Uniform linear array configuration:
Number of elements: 48
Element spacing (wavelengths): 1
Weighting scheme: blackman
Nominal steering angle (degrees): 15
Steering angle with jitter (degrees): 14.061
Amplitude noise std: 0.05
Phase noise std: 0.05

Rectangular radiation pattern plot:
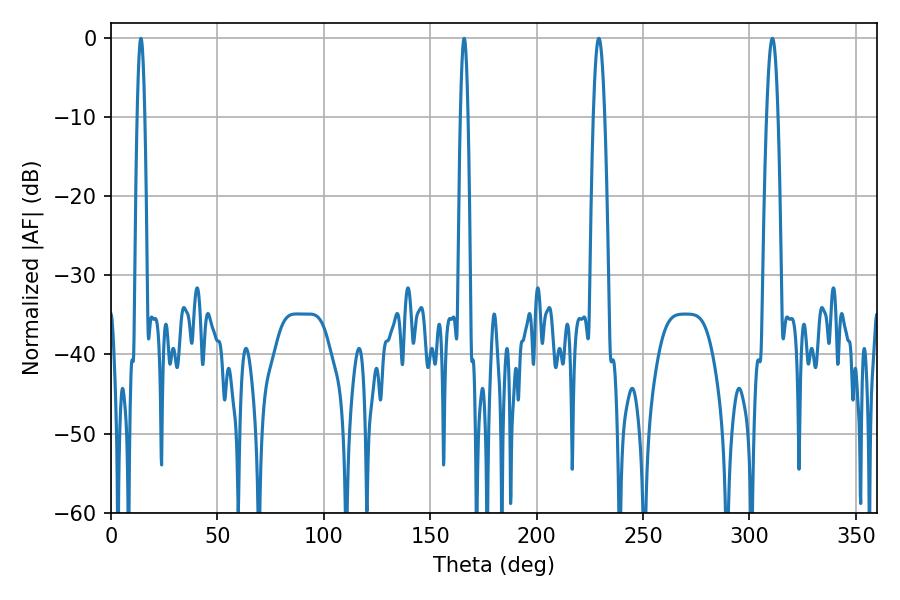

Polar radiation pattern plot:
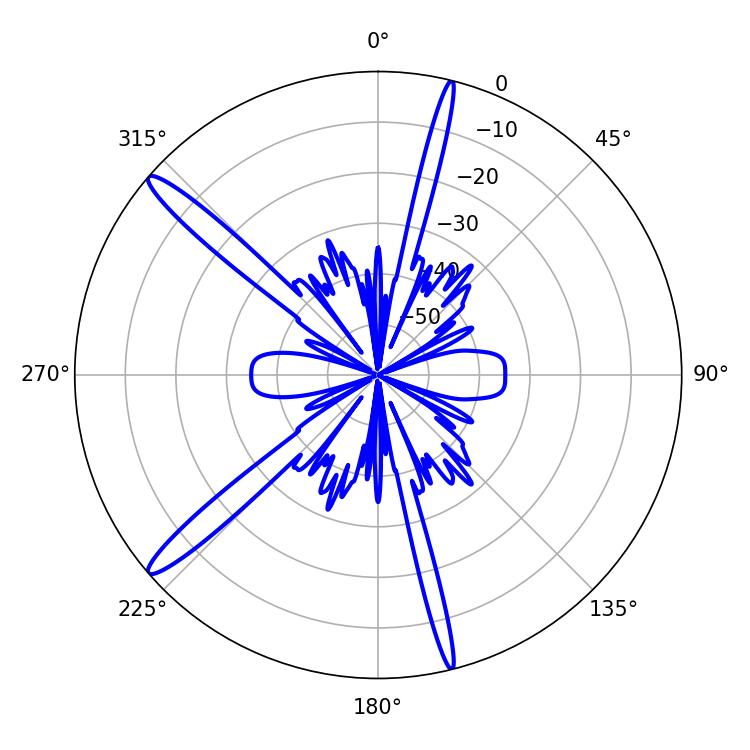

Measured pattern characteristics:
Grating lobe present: TRUE
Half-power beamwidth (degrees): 1.8
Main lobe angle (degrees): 165.96